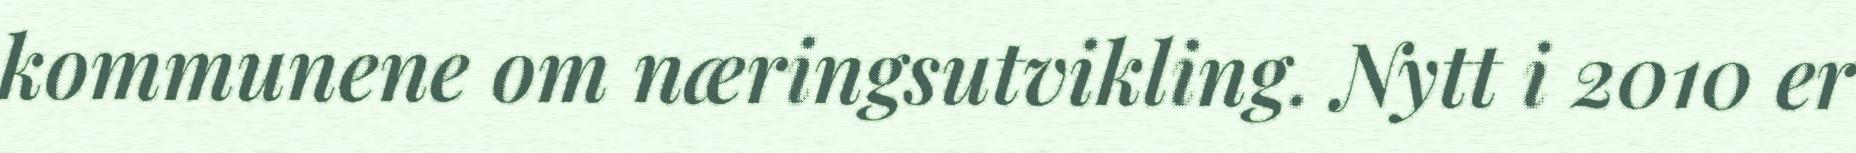
kommunene om næringsutvikling. Nytt i 2010 er